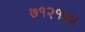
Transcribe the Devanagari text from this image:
७१२१२४